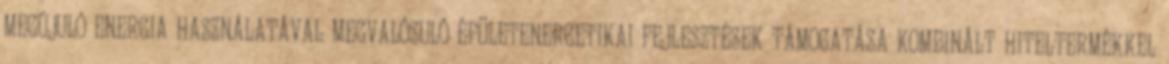
MEGÚJULÓ ENERGIA HASZNÁLATÁVAL MEGVALÓSULÓ ÉPÜLETENERGETIKAI FEJLESZTÉSEK TÁMOGATÁSA KOMBINÁLT HITELTERMÉKKEL